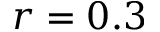
r = 0 . 3